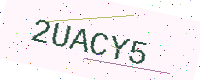
Text: 2UACY5